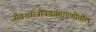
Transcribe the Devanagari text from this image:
जीवशास्त्रीयवर्गमांडणीतील